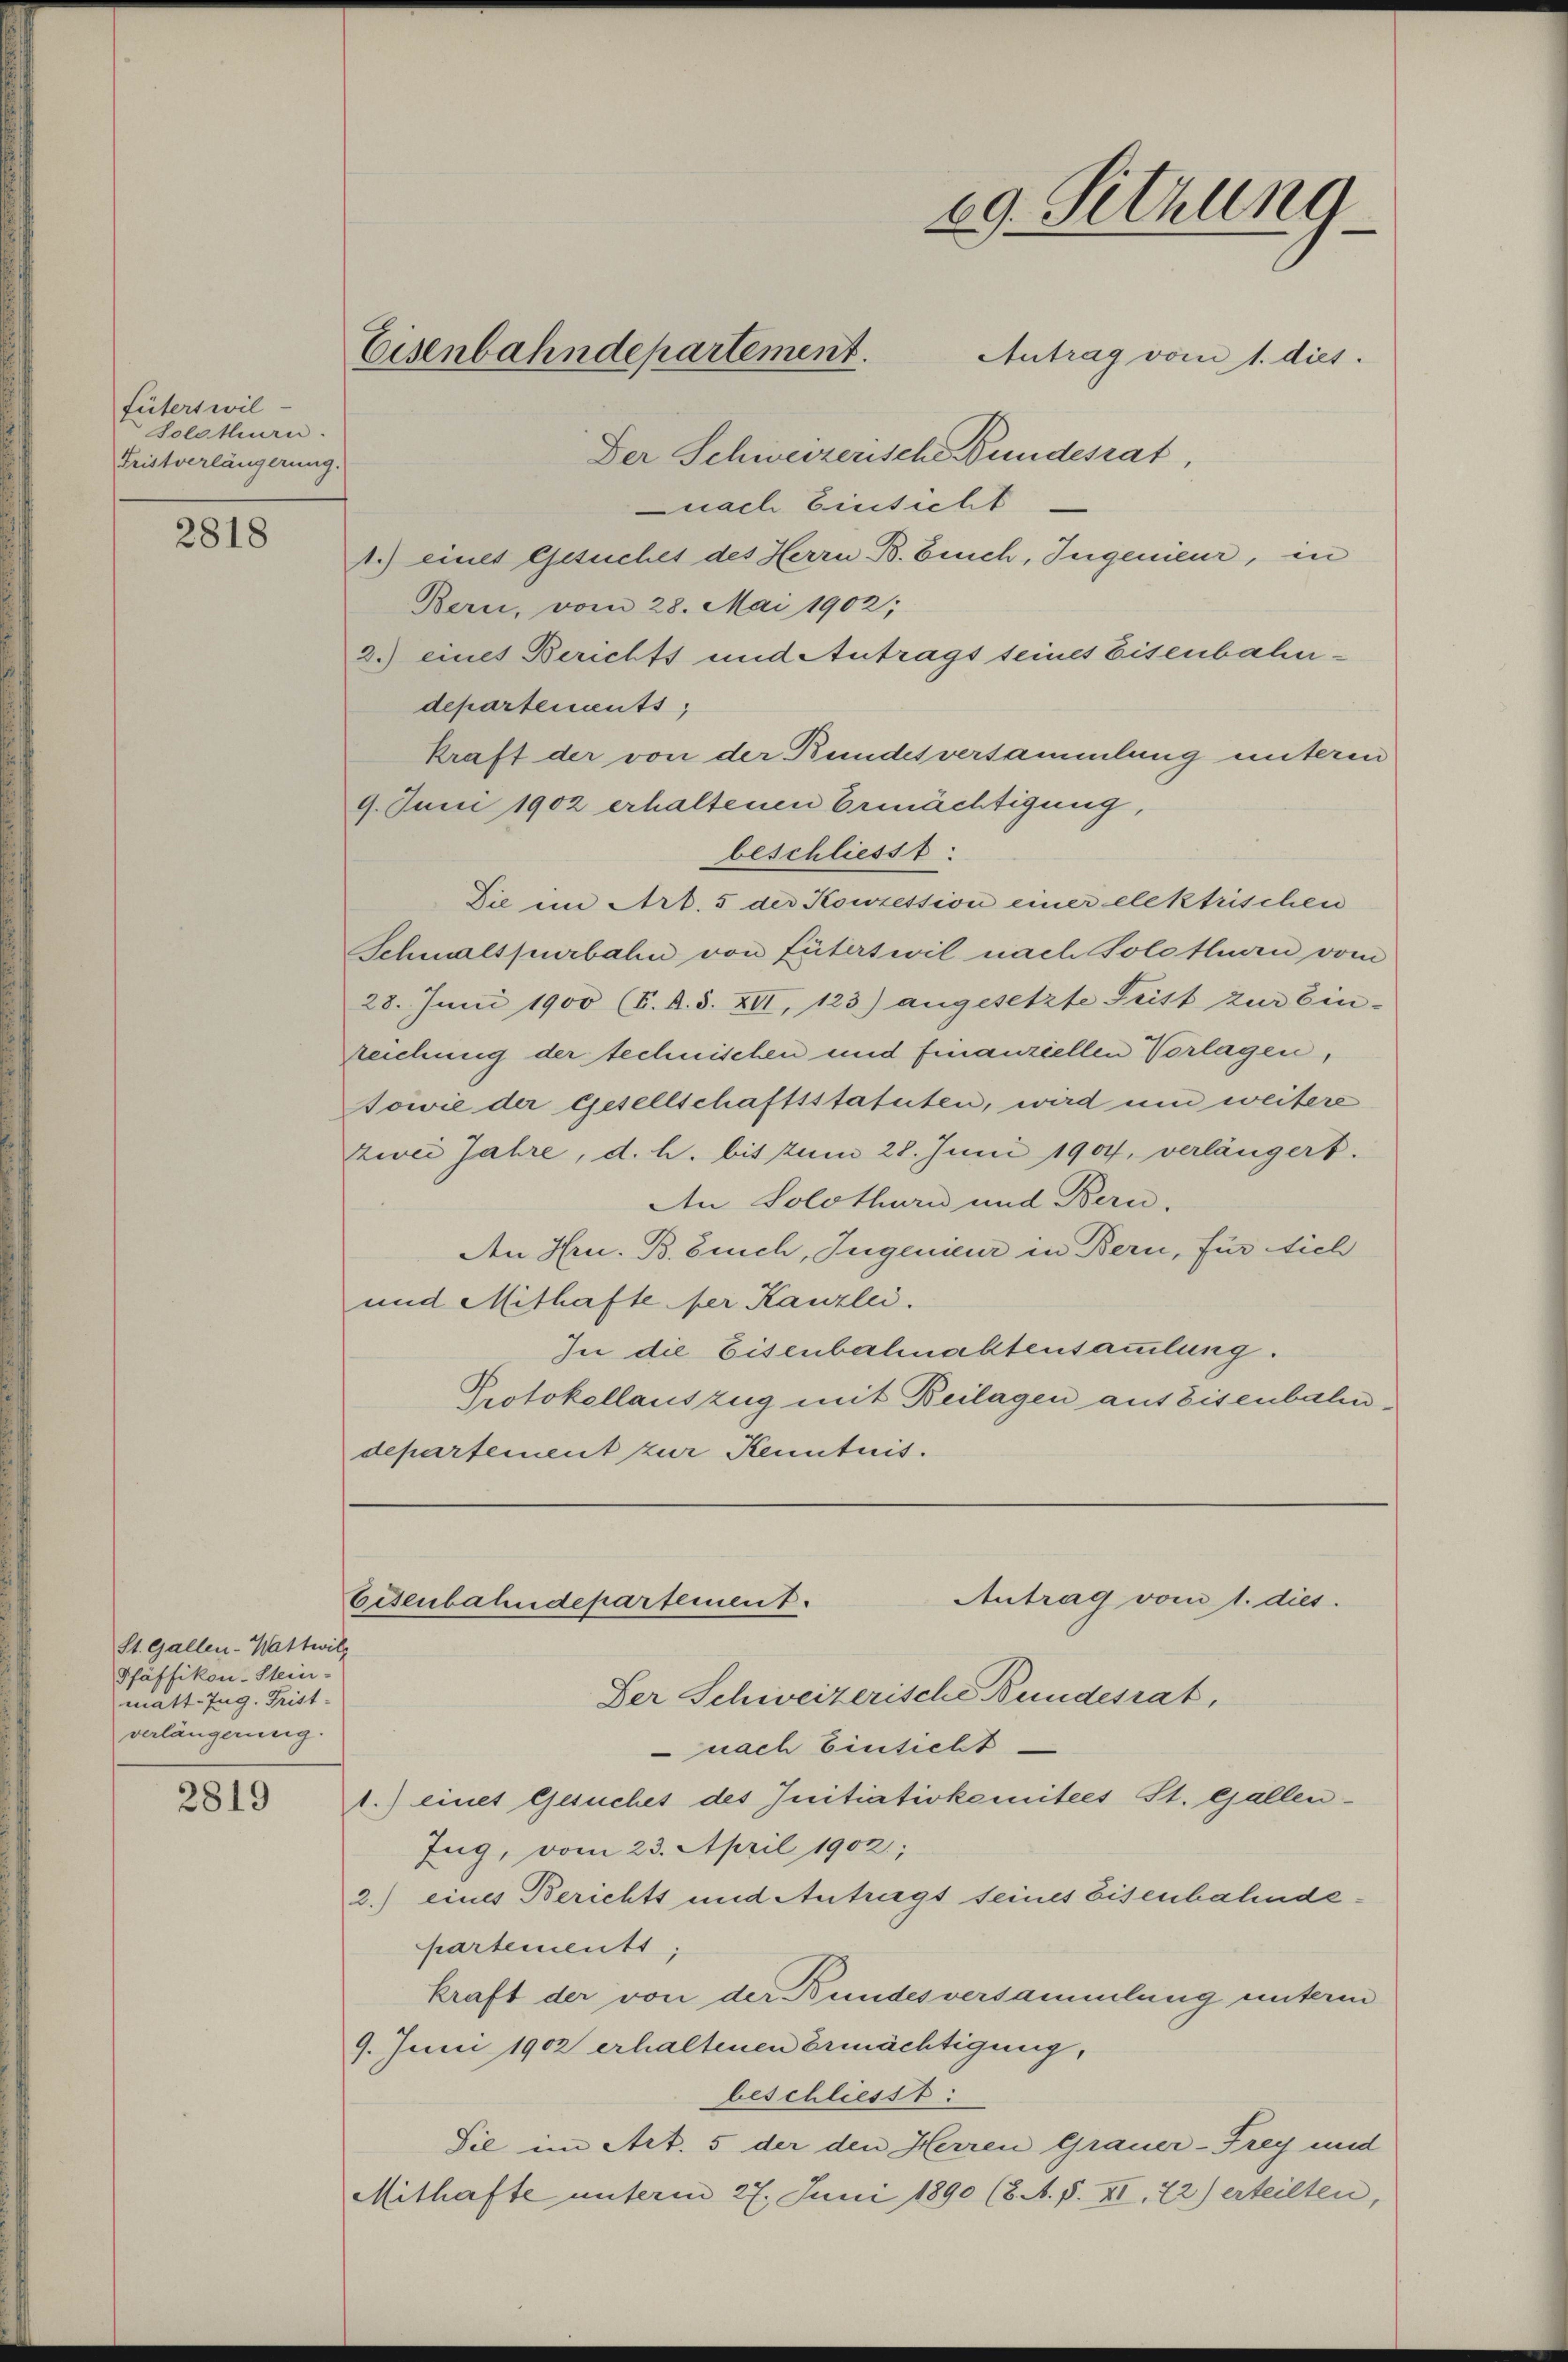
fütert wil
Solothurn.
Fristverlängerung.

2818

St. Gallen-Wattwill
Pfäffikon-Stein-
matt. Zug. Frist-
verlängerung.

2819

29. Sitzung
Eisenbahndepartement.
Antrag vom 1. dies
Der Schweizerische Bundesrat,

nach Einsicht
1.) eines Gesuches des Herrn B. Beich, Ingenieur, in
Bern, vom 28. Mai 1902;
2.) eines Berichts und Antrags seines Eisenbahndepartements
kraft der von der Bundesversammlung unteren
9. Juni 1902 erhaltenen Ermächtigung,
beschliesst.
Die in Art. 5 der Konzession einer elektrischen
Schmalspurbahn von Güterswil nach Solothurn vom
28. Juni 1900 (S. B. S. XII, 123) angesetzte Frist zur Ein-
zeichung der technischen und finanziellen Vorlagen,
Sowie der Gesellschaftsstatuten, wird und weitere
zwei Jahre, d. h. bis zum 28. Juni 1904, verlängert.
An Solothurn und Bern.
Aen Hrn. B. Buch, Ingenieur in Bern, für sich
und Mithafte der Kanzlei.
In die Eisenbahnaktensammlung.
Protokollauszug mit Beilagen aus Eisenbahndepartement zur Kenntnis.

Der Schweizerische Bundesrat,
 nach Einsicht.
1.) eines Gesuches des Initiativkomitees St. Gallen¬
Zug, vom 23. April 1902;
2.) eines Berichts und Antragt seines Eisenbahndepartements,
kraft der von der Bundesversammlung unterm
9. Juni 1902 erhaltenen Ermächtigung,
beschliesst:
Sie im Art. 5 der den Herren Grauer-Frey und
Mithafte unterm 27. Juni 1890 (8. A. F. XI. 72) erteilten,

Antrag vom 1. dies.
Eisenbahndepartement.